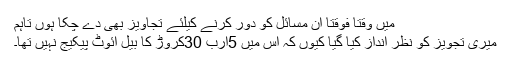
میں وقتاً فوقتاً ان مسائل کو دور کرنے کیلئے تجاویز بھی دے چکا ہوں تاہم
میری تجویز کو نظر انداز کیا گیا کیوں کہ اس میں 5ارب 30کروڑ کا بیل ائٓوٹ پیکیج نہیں تھا۔